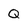
Character: Q